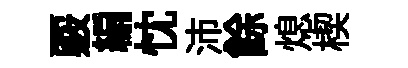
覈編忱沛餘熄楔